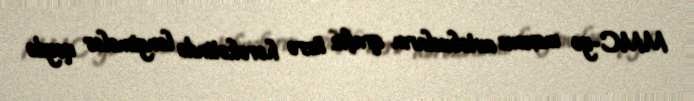
MMC-yə məxsus avtobusların qrafik üzrə hərəkətində ləngimələr qeydə